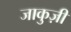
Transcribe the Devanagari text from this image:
जाकुज़ी